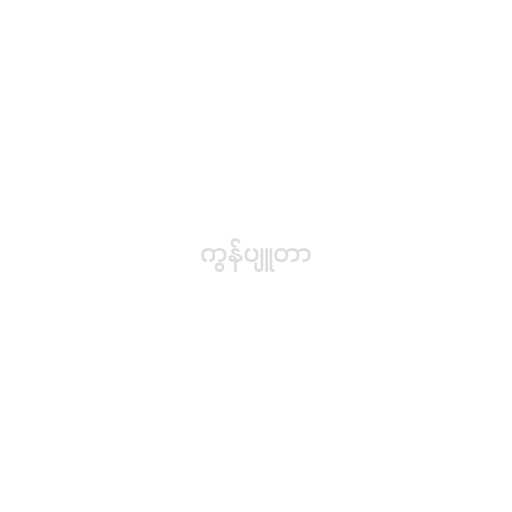
ကွန်ပျူတာ